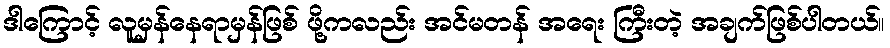
ဒါကြောင့် လူမှန်နေရာမှန်ဖြစ် ဖို့ကလည်း အင်မတန် အရေး ကြီးတဲ့ အချက်ဖြစ်ပါတယ်။